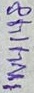
Text: 1N4148